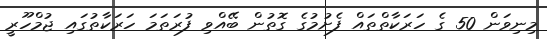
މިނިވަން 50 ގެ ހަރަކާތްތައް ފެށުމުގެ ގޮތުން ބޭއްވި ފުރަތަމަ ހަރަކާތުގައި ޖުމްހޫރީ